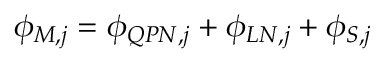
\phi _ { M , j } = \phi _ { Q P N , j } + \phi _ { L N , j } + \phi _ { S , j }